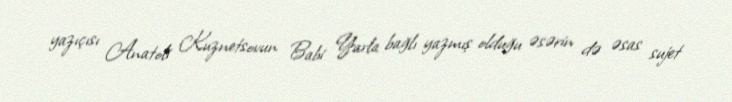
yazıçısı Anatoli Kuznetsovun Babi Yarla bağlı yazmış olduğu əsərin də əsas sujet